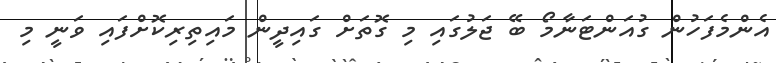
އެންމެފަހުން ގުއަންޓަނާމޯ ބޭ ޖަލުގައި މި ގޮތަށް ގައިދީން މައިތިރިކޮށްފައި ވަނީ މި